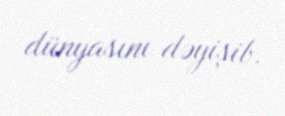
dünyasını dəyişib.